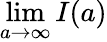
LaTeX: \operatorname*{lim}_{a\to\infty}I(a)